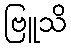
ဗြူသိ